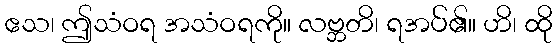
ဧသ၊ ဤသံဝရ အသံဝရကို။ လဗ္ဘတိ၊ ရအပ်၏။ ဟိ၊ ထို